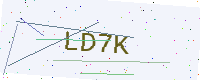
Text: LD7K